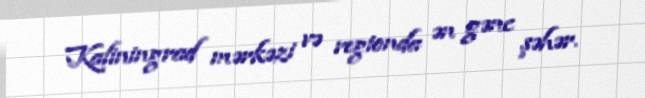
Kaliningrad mərkəzi və regionda ən gənc şəhər.